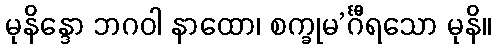
မုနိန္ဒော ဘဂဝါ နာထော၊ စက္ခုမ’င်္ဂီရသော မုနိ။